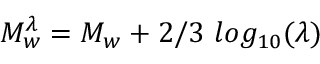
M _ { w } ^ { \lambda } = M _ { w } + 2 / 3 ~ l o g _ { 1 0 } ( \lambda )